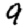
Digit: 9